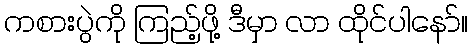
ကစားပွဲကို ကြည့်ဖို့ ဒီမှာ လာ ထိုင်ပါနော်။